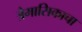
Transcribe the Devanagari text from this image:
त्रैमासिकाचा